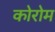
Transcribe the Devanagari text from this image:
कोरोम